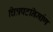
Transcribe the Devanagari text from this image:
चित्रपटनिर्माण